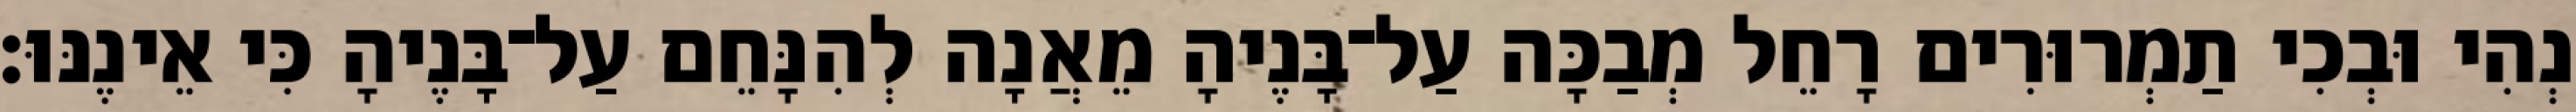
נְהִי וּבְכִי תַמְרוּרִים רָחֵל מְבַכָּה עַל־בָּנֶיהָ מֵאֲנָה לְהִנָּחֵם עַל־בָּנֶיהָ כִּי אֵינֶנּוּ׃